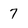
Character: 7